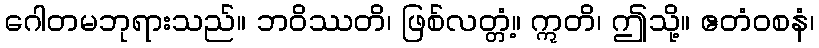
ဂေါတမဘုရားသည်။ ဘဝိဿတိ၊ ဖြစ်လတ္တံ့။ ဣတိ၊ ဤသို့။ ဧတံဝစနံ၊